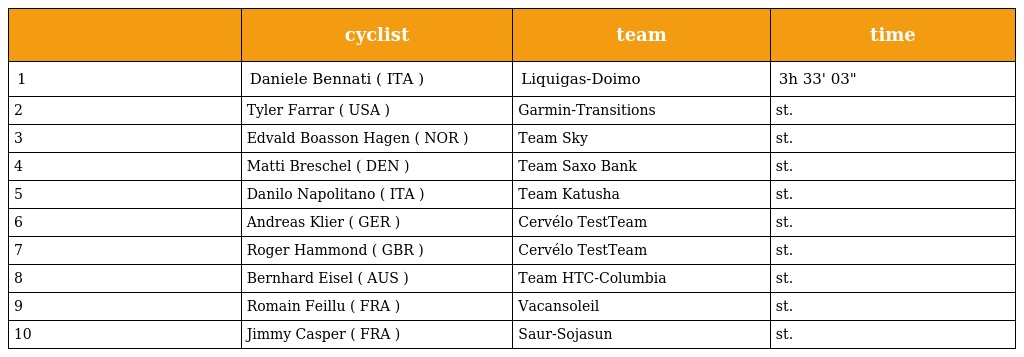
|  | cyclist | team | time |
 | --- | --- | --- | --- |
 | 1 | Daniele Bennati ( ITA ) | Liquigas-Doimo | 3h 33' 03" |
 | 2 | Tyler Farrar ( USA ) | Garmin-Transitions | st. |
 | 3 | Edvald Boasson Hagen ( NOR ) | Team Sky | st. |
 | 4 | Matti Breschel ( DEN ) | Team Saxo Bank | st. |
 | 5 | Danilo Napolitano ( ITA ) | Team Katusha | st. |
 | 6 | Andreas Klier ( GER ) | Cervélo TestTeam | st. |
 | 7 | Roger Hammond ( GBR ) | Cervélo TestTeam | st. |
 | 8 | Bernhard Eisel ( AUS ) | Team HTC-Columbia | st. |
 | 9 | Romain Feillu ( FRA ) | Vacansoleil | st. |
 | 10 | Jimmy Casper ( FRA ) | Saur-Sojasun | st. |